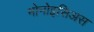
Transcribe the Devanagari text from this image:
मोनोइसिअस